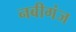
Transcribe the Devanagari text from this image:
नबीगंज